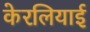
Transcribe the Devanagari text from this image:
केरलियाई